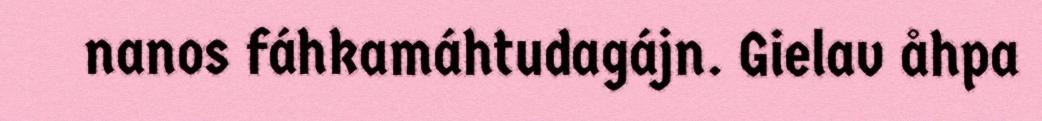
nanos fáhkamáhtudagájn. Gielav åhpa